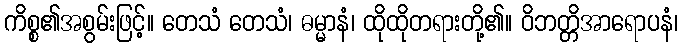
ကိစ္စ၏အစွမ်းဖြင့်။ တေသံ တေသံ၊ ဓမ္မာနံ၊ ထိုထိုတရားတို့၏။ ဝိဘတ္တိအာရောပနံ၊